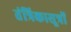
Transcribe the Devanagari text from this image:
तंत्रिकासूत्रों